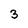
Character: 3